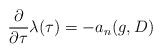
LaTeX: \begin{align*} \frac{\partial }{\partial \tau} \lambda(\tau) = - a_n(g, D)\end{align*}